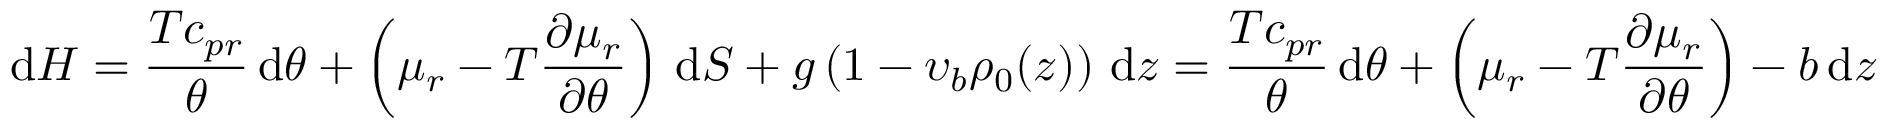
\mathrm { d } { \cal H } = \frac { T c _ { p r } } { \theta } \, \mathrm { d } \theta + \left( \mu _ { r } - T \frac { \partial \mu _ { r } } { \partial \theta } \right) \, \mathrm { d } S + g \left( 1 - \upsilon _ { b } \rho _ { 0 } ( z ) \right) \, \mathrm { d } z = \frac { T c _ { p r } } { \theta } \, \mathrm { d } \theta + \left( \mu _ { r } - T \frac { \partial \mu _ { r } } { \partial \theta } \right) - b \, \mathrm { d } z